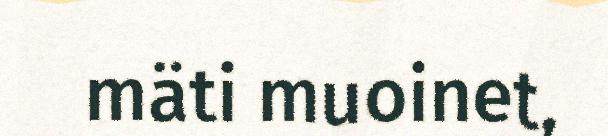
mäti muoinet,